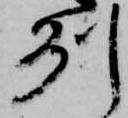
州